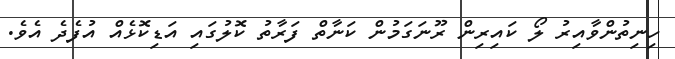
ހިނިތުންވާއިރު ލޯ ކައިރިން ރޫނަގަމުން ކަނާތް ފަރާތު ކޮލުގައި އަޑިކޮޅެއް އުފެދެ އެވެ.